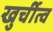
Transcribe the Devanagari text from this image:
खुर्चीत्व